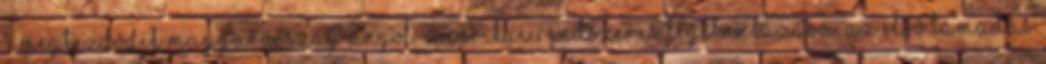
- Megkezdõdik Magyarország angol-amerikai rendszeres légibombázása. Az elsõ támadás